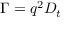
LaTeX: \ \Gamma = q ^ { 2 } D _ { t }